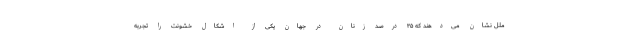
ملل نشان می‌دهند که ۳۵ درصد زنان در جهان یکی از اشکال خشونت را تجربه